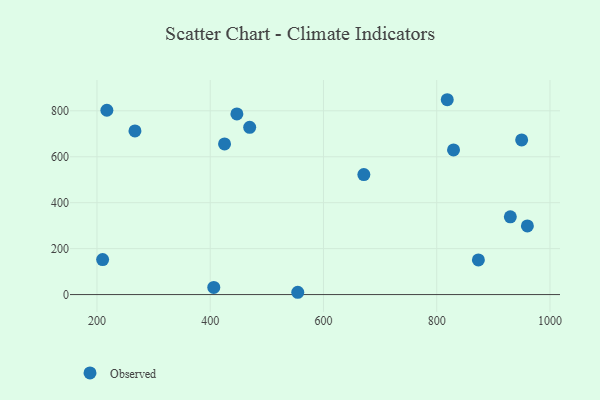
{"axis": {"x": "Investment", "y": "Rating"}, "legend": ["Observed"], "data": [{"x": "210.0", "y": 152.2, "type": "Observed"}, {"x": "425.3", "y": 655.9, "type": "Observed"}, {"x": "829.7", "y": 629.5, "type": "Observed"}, {"x": "873.6", "y": 150.9, "type": "Observed"}, {"x": "960.1", "y": 298.8, "type": "Observed"}, {"x": "554.6", "y": 10.0, "type": "Observed"}, {"x": "950.0", "y": 673.0, "type": "Observed"}, {"x": "818.6", "y": 848.2, "type": "Observed"}, {"x": "217.5", "y": 802.4, "type": "Observed"}, {"x": "406.3", "y": 31.3, "type": "Observed"}, {"x": "671.3", "y": 522.4, "type": "Observed"}, {"x": "447.1", "y": 786.4, "type": "Observed"}, {"x": "267.1", "y": 712.3, "type": "Observed"}, {"x": "930.0", "y": 338.4, "type": "Observed"}, {"x": "469.7", "y": 728.0, "type": "Observed"}]}